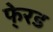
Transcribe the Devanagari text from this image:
फे्रड